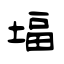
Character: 堛